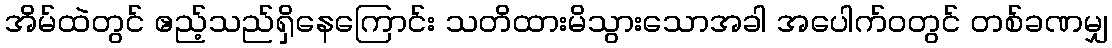
အိမ်ထဲတွင် ဧည့်သည်ရှိနေကြောင်း သတိထားမိသွားသောအခါ အပေါက်ဝတွင် တစ်ခဏမျှ